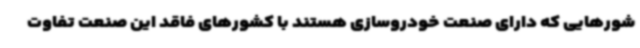
شورهایی که دارای صنعت خودروسازی هستند با کشورهای فاقد این صنعت تفاوت‌